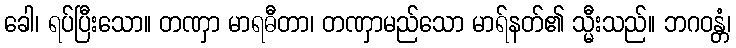
ခေါ၊ ရပ်ပြီးသော။ တဏှာ မာရဓီတာ၊ တဏှာမည်သော မာရ်နတ်၏ သ္မီးသည်။ ဘဂဝန္တံ၊